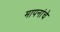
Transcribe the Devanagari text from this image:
मापनांचे